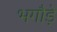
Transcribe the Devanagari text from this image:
भगौड़े